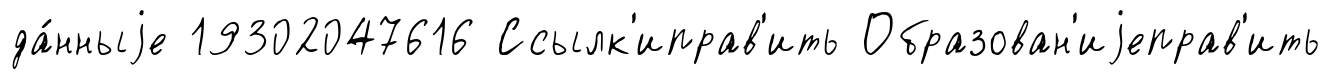
да́нныjе 19302047616 Ссылк'иправ'ить Образован'иjеправ'ить